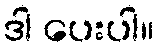
ဒါ ပေးပါ။